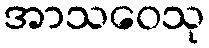
အာသဝေသု